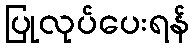
ပြုလုပ်ပေးရန်